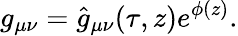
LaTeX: g_{\mu\nu}=\hat{g}_{\mu\nu}(\tau,z)e^{\phi(z)}.